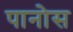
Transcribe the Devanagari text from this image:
पानोस